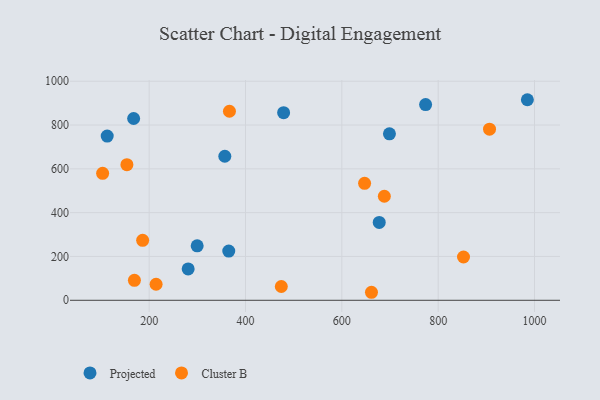
{"axis": {"x": "Distance", "y": "Yield"}, "legend": ["Cluster B", "Projected"], "data": [{"x": "357.0", "y": 657.5, "type": "Projected"}, {"x": "365.2", "y": 224.8, "type": "Projected"}, {"x": "677.6", "y": 355.6, "type": "Projected"}, {"x": "299.6", "y": 248.6, "type": "Projected"}, {"x": "167.7", "y": 829.8, "type": "Projected"}, {"x": "985.2", "y": 915.5, "type": "Projected"}, {"x": "773.9", "y": 893.5, "type": "Projected"}, {"x": "479.1", "y": 856.3, "type": "Projected"}, {"x": "112.8", "y": 749.7, "type": "Projected"}, {"x": "698.8", "y": 759.7, "type": "Projected"}, {"x": "280.9", "y": 143.2, "type": "Projected"}, {"x": "214.3", "y": 73.2, "type": "Cluster B"}, {"x": "366.6", "y": 862.8, "type": "Cluster B"}, {"x": "688.2", "y": 474.9, "type": "Cluster B"}, {"x": "103.3", "y": 579.7, "type": "Cluster B"}, {"x": "852.6", "y": 197.6, "type": "Cluster B"}, {"x": "186.4", "y": 273.6, "type": "Cluster B"}, {"x": "661.5", "y": 36.6, "type": "Cluster B"}, {"x": "906.6", "y": 780.9, "type": "Cluster B"}, {"x": "169.3", "y": 91.2, "type": "Cluster B"}, {"x": "474.3", "y": 62.9, "type": "Cluster B"}, {"x": "647.2", "y": 533.9, "type": "Cluster B"}, {"x": "153.7", "y": 619.1, "type": "Cluster B"}]}